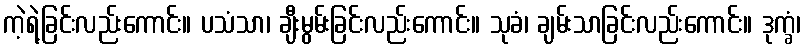
ကဲ့ရဲ့ခြင်းလည်းကောင်း။ ပသံသာ၊ ချီးမွမ်းခြင်းလည်းကောင်း။ သုခံ၊ ချမ်းသာခြင်းလည်းကောင်း။ ဒုက္ခံ၊